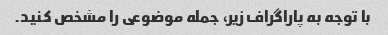
با توجه به پاراگراف زیر، جمله موضوعی را مشخص کنید.